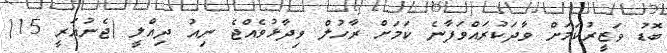
ބޮޑު ވަޒީރުކަމަށް ވާދަކުރައްވަފާނެ ކަމަށް ރާހުލް ވިދާޅުވެއްޖެ ނިއު ދިއްލީ (ޖެނުއަރީ 15)